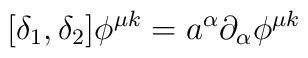
[ \delta_1 ,\delta_2 ] \phi^{\mu k} = a^{\alpha}\partial_{\alpha}\phi^{\mu k}